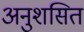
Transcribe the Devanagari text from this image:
अनुशसित